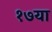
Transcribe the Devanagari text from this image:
१७या